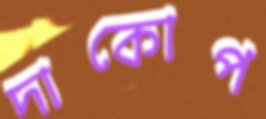
দাকোপ